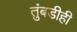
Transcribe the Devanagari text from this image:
तुंबडीही